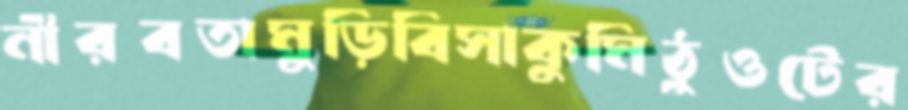
নীরবতামুড়িবিসাকুমিঠুওটের